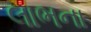
લાભના